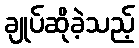
ချုပ်ဆိုခဲ့သည့်